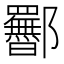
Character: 𬪥